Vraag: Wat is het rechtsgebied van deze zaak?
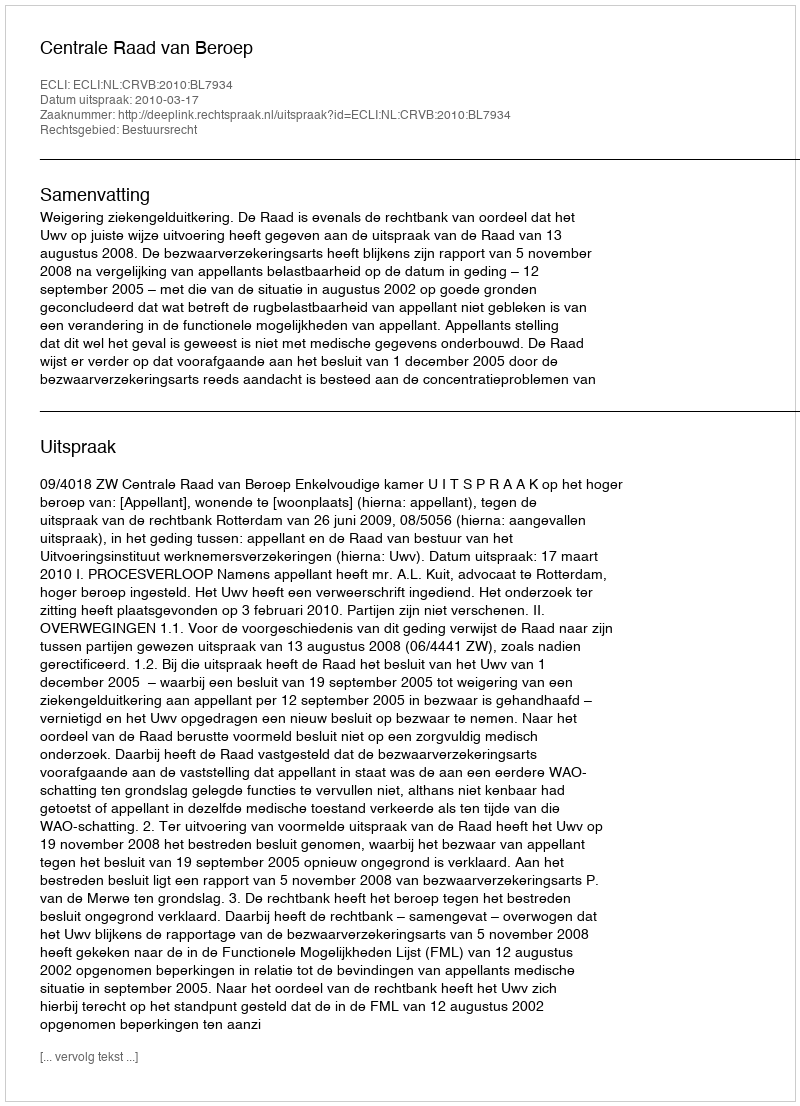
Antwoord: Bestuursrecht